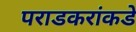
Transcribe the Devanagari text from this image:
पराडकरांकडे